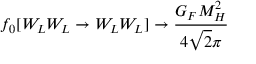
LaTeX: f _ { 0 } [ W _ { L } W _ { L } \rightarrow W _ { L } W _ { L } ] \rightarrow \frac { G _ { F } M _ { H } ^ { 2 } } { 4 \sqrt { 2 } \pi }